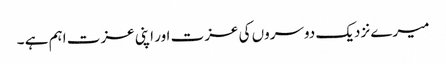
میرے نزدیک دوسروں کی عزت اور اپنی عزت اہم ہے ۔